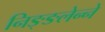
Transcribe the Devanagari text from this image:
निङ्ङलेन्ने